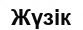
Жүзік